Vaccination in Bombay 1913-1923 - 1913-1923
Year: 1913
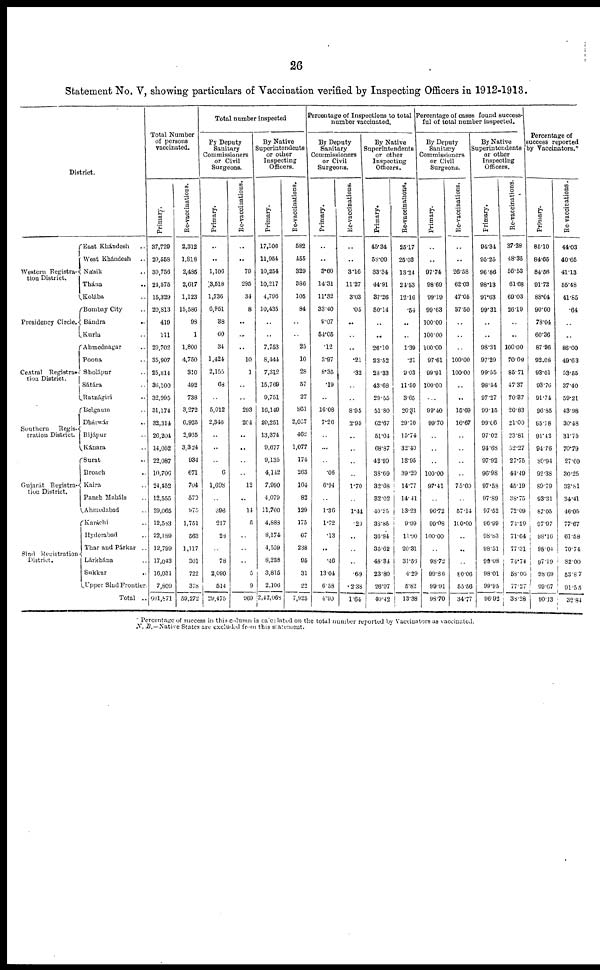
26
Statement No. V, showing particulars of Vaccination verified by Inspecting Officers in 1912-1913.
District.
Western Registra¬
tion District.
Presidency Circle.
Central Registra¬
tion District.
Southern Regis¬
tration District.
Gujarát Registra¬
tion District.
Sind Registration
District.
East Khándesh ..
West Khándesh ..
Násik ..
Thána ..
Kolába ..
Bombay City ..
Bándra ..
Kurla ..
Ahmednagar ..
Poona ..
Sholápur ..
Sátára ..
Ratnágiri ..
Belgnum
Dhárwár ..
Bijápur ..
Kánara ..
Surat ..
Broach ..
Kaira ..
Panch Maháls ..
Ahmedabad
Karáchi ..
Hyderabad ..
Thar and Párkar ..
Lárkhána ..
Sukkur ..
Upper Sind Frontier.
Total ..
Total Number
of persons
vaccinated.
Primary.
37,729
20,558
30,756
21,575
15,329
20,813
419
111
29,702
35,907
25,814
36,100
32,995
31,174
32,314
26,204
14,052
22,087
10,706
24,452
12,555
29,065
12,583
22,189
12,799
17,043
16,031
7,809
601,871
Re-vaccinations.
2,312
1,818
2,485
2,617
1,123
15,580
98
1
1,800
4,750
310
492
738
3,272
6,925
2,935
3,324
934
671
704
570
975
1,751
563
1,117
301
722
378
59,272
Total number inspected
By Deputy
Sanitary
Commissioners
or Civil
Surgeons.
Primary.
..
..
1,106
3,618
1,736
6,961
38
60
34
1,424
2,155
68
..
5,012
2,346
..
..
..
6
1,698
..
398
217
28
..
78
2,090
514
29,475
Re-vaccinations.
..
..
79
295
34
8
..
..
..
10
1
..
..
293
204
..
..
..
..
12
..
14
5
..
..
..
5
9
969
By Native
Superintendents
or other
Inspecting
Officers.
Primary.
17,106
11,954
10,254
10,217
4,796
10,435
..
..
7,753
8,444
7,312
15,769
9,751
10,140
20,251
13,374
9,677
9,135
4,142
7,990
4,079
11,700
4,888
8,174
4,559
8,238
3,815
2,106
2,42,068
Re-vaccinations.
582
455
329
386
105
84
..
..
25
10
28
57
27
861
2,057
462
1,077
174
263
104
82
129
175
67
238
95
31
22
7,925
Percentage of Inspections to total
number vaccinated.
By Deputy
Sanitary
Commissioners
or Civil
Surgeons.
Primary.
..
..
3.60
14.31
11.82
33.40
9.07
54.05
.12
3.97
8.35
.19
..
16.08
7.26
..
..
..
.06
6.94
..
1.30
1.72
.13
..
.16
13.04
6.58
4.90
Re-vaccinations.
..
..
3.16
11.27
3.03
.05
..
..
..
.21
.32
..
..
8.95
2.95
..
..
..
..
1.70
..
1.44
.29
..
..
..
.69
2.38
1.64
By Native
Superintendents
or other
Inspecting
Officers.
Primary.
45.34
58.09
33.34
44.91
37.26
50.14
..
..
26.10
23.52
23.33
43.68
29.65
51.80
62.67
51.04
68.87
42.99
38.69
32.08
32.02
40.25
33.85
36.84
35.62
48.31
23.80
20.97
40.42
Re-vaccinations.
25.17
25.03
13.24
24.53
12.10
.54
..
..
1.39
.21
9.03
11.59
3.65
26.31
29.70
15.74
32.40
18.95
39.20
14.77
14.41
13.23
9.99
11.90
20.31
31.56
4.29
5.82
13.38
Percentage of cases found success¬
ful of total number inspected.
By Deputy
Sanitary
Commissioners
or Civil
Surgeons.
Primary.
..
..
97.74
98.69
99.10
99.63
100.00
100.00
100.00
97.61
99.91
100.00
..
99.40
99.70
..
..
..
100.00
97.41
..
90.72
99.08
100.00
..
98.72
99.86
99.91
98.70
Re-vaccinations.
..
..
26.58
62.03
47.06
37.60
..
..
..
100.00
100.00
..
..
15.69
16.67
..
..
..
..
75.00
..
57.14
100.00
..
..
..
80.06
55.50
34.77
By Native
Superintendents
or other
Inspecting
Officers.
Primary.
94.34
95.25
96.86
98.13
97.63
99.31
..
..
98.31
97.29
99.55
98.44
97.27
90.15
99.06
97.02
94.68
97.92
96.98
97.58
97.89
97.52
96.99
98.83
98.51
99.08
98.01
99.95
96.02
Re-vaccinations.
37.28
48.35
56.53
61.68
60.03
26.10
..
..
100.00
70.00
85.71
47.37
70.37
26.83
21.00
23.81
52.27
27.75
44.40
45.19
38.75
72.09
74.29
71.64
77.31
74.74
58.06
77.27
38.28
Percentage of
success reported
by Vaccinators.*
Primary.
86.10
84.65
84.56
91.72
88.64
90.60
78.04
60.36
87.96
92.08
93.01
93.70
91.74
96.85
95.18
91.42
94.76
89.94
92.38
89.79
93.31
87.05
97.97
98.16
98.04
97.19
98.69
99.07
90.13
Re-vaccinations.
44.03
40.65
41.13
55.48
41.85
.64
..
..
88.00
49.63
53.55
37.40
59.21
43.98
30.48
31.75
70.79
27.60
30.25
33.81
34.41
46.05
77.67
61.58
70.74
82.00
53.87
91.55
32.84
* Percentage of success in this column is calculated on the total number reported by Vaccinators as vaccinated.
N. B.—Native States are excluded from this statement.